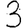
Digit: 3